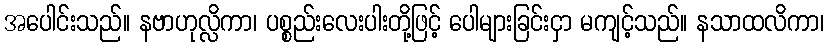
အပေါင်းသည်။ နဗာဟုလ္လိကာ၊ ပစ္စည်းလေးပါးတို့ဖြင့် ပေါများခြင်းငှာ မကျင့်သည်။ နသာထလိကာ၊